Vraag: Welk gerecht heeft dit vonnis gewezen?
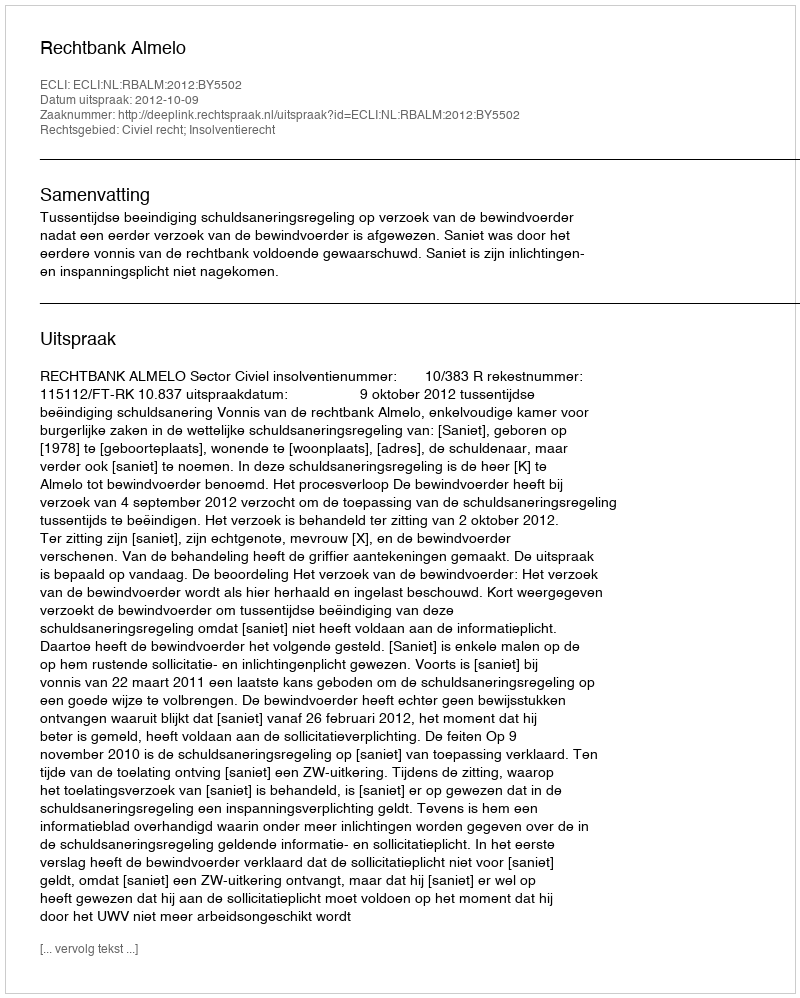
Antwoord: Rechtbank Almelo